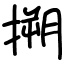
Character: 搠